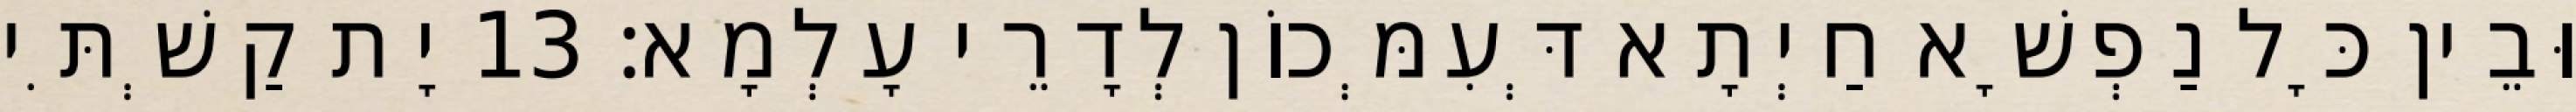
וּבֵין כָּל נַפְשָׁא חַיְתָא דְּעִמְּכוֹן לְדָרֵי עָלְמָא׃ 13 יָת קַשְׁתִּי